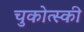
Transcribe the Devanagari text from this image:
चुकोत्स्की